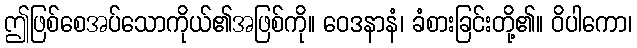
ဤဖြစ်စေအပ်သောကိုယ်၏အဖြစ်ကို။ ဝေဒနာနံ၊ ခံစားခြင်းတို့၏။ ဝိပါကော၊